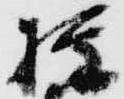
権